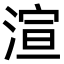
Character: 渲